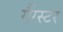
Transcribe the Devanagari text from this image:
गैंग्‍स्‍टर